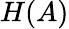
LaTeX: H(A)